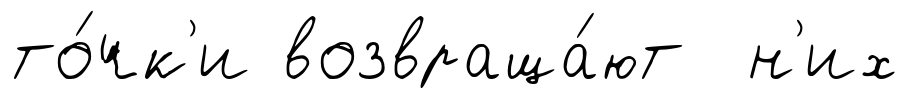
то́чк'и возвраща́ют н'их